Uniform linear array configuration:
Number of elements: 4
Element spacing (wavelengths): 0.75
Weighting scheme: exponential
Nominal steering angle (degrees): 30
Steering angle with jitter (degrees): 29.508
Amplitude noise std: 0.05
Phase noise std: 0.05

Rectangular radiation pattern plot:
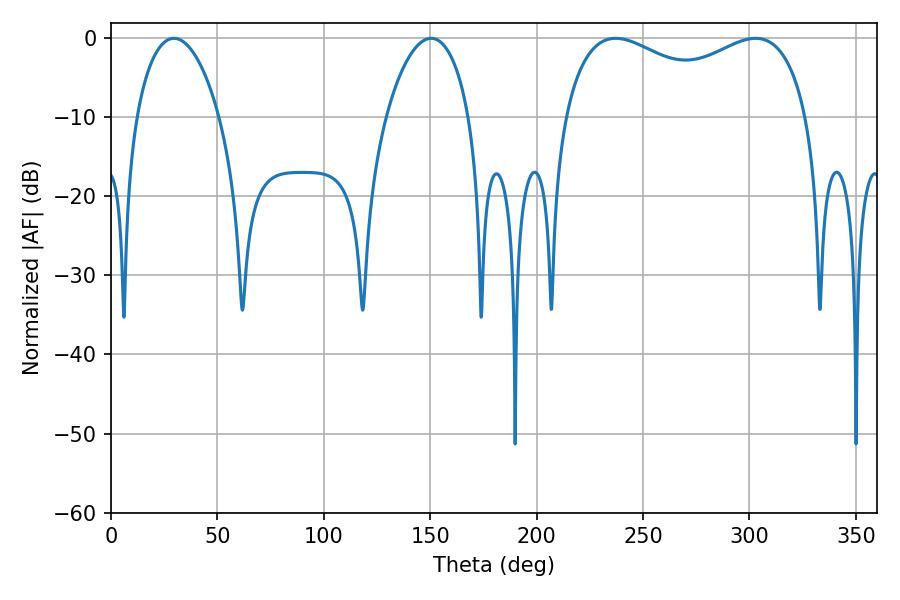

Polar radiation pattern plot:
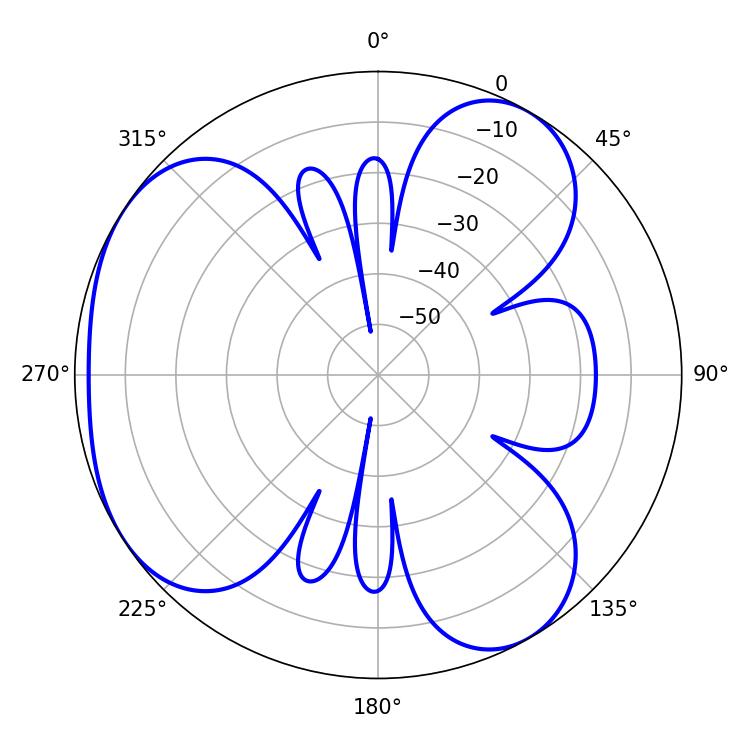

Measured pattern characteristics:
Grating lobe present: TRUE
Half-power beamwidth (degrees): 95.4
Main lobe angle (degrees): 237.06